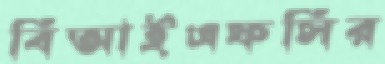
বিআইএফসির